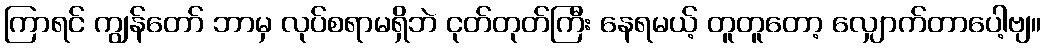
ကြာရင် ကျွန်တော် ဘာမှ လုပ်စရာမရှိဘဲ ငုတ်တုတ်ကြီး နေရမယ့် တူတူတော့ လျှောက်တာပေါ့ဗျ။